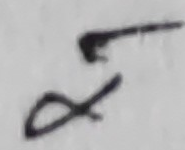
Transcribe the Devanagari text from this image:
र